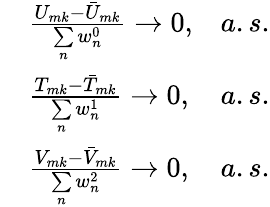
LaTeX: \begin{array}{rlr}&{\frac{U_{mk}-\bar{U}_{mk}}{\underset{n}{\sum}w_{n}^{0}}\rightarrow 0,}&{a.s.}\\ &{\frac{T_{mk}-\bar{T}_{mk}}{\underset{n}{\sum}w_{n}^{1}}\rightarrow 0,}&{a.s.}\\ &{\frac{V_{mk}-\bar{V}_{mk}}{\underset{n}{\sum}w_{n}^{2}}\rightarrow 0,}&{a.s.}\end{array}